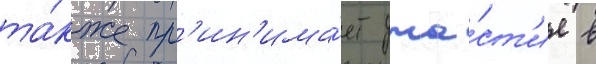
та́кже пр'ин'има́ет уча́ст'ие в